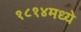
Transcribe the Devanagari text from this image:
१८१४मध्ये